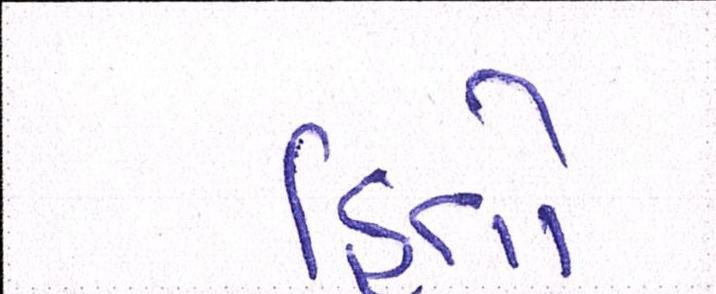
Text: હિતો